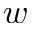
w